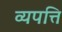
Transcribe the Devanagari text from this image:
व्यपत्ति